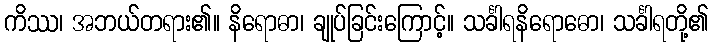
ကိဿ၊ အဘယ်တရား၏။ နိရောဓာ၊ ချုပ်ခြင်းကြောင့်။ သင်္ခါရနိရောဓော၊ သင်္ခါရတို့၏